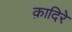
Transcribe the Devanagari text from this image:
क़ादिरे